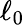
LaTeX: \ell_{0}